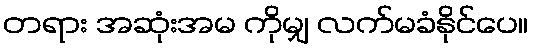
တရား အဆုံးအမ ကိုမျှ လက်မခံနိုင်ပေ။